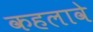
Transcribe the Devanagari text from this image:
कहलावे